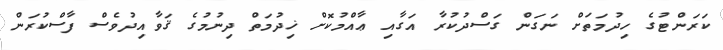
ކަރަންޓުގެ ހިދުމަތަށް ނަގަން ގަސްދުކުރާ އަގާއި ޢާއްމުކޮށް ޚިދުމަތް ދިނުމުގެ ޤަވާއިދުވެސް ފާސްކުރަން